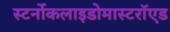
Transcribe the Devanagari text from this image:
स्टर्नोकलाइडोमास्टरॉएड